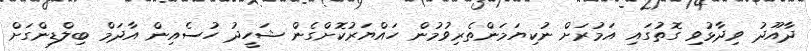
ދާއޫދު ވިދާޅުވި ގޮތުގައި އަމުރަށް ނުކިޔަމަންތެރިވުމުން ހައްޔަރުކޮށްގެން ޝަހީދު ހުސެއިން އާދަމް ބިލްޑިންގަށް